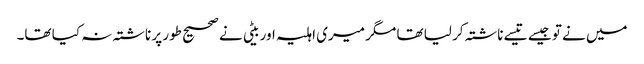
میں نے تو جیسے تیسے ناشتہ کر لیا تھا مگر میری اہلیہ اور بیٹی نے صحیح طور پر ناشتہ نہ کیا تھا۔